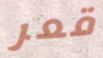
قعر